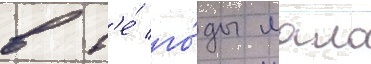
в т'е́ го́ды мало